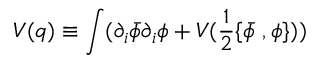
{ \cal V } ( q ) \equiv \int ( \partial _ { i } \bar { \phi } \partial _ { i } \phi + V ( \frac 1 2 \{ \bar { \phi } \ , \phi \} ) )